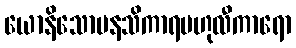
ယောနိသောမနသိကာရဗဟုလီကာရော